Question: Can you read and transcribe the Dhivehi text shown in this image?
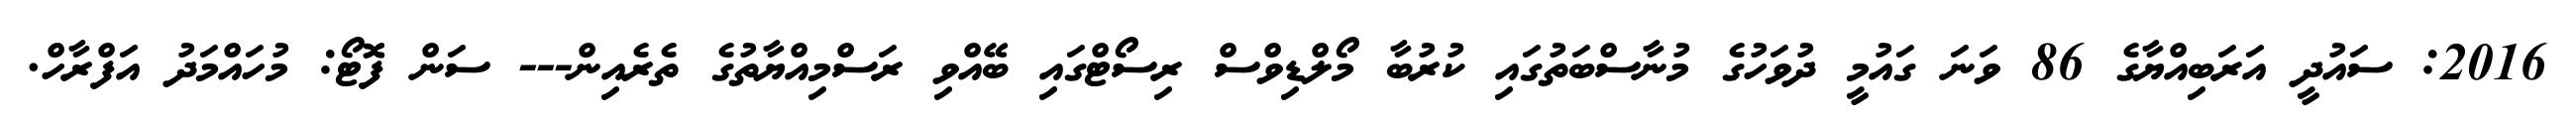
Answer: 2016: ސައުދީ އަރަބިއްޔާގެ 86 ވަނަ ގައުމީ ދުވަހުގެ މުނާސްބަތުގައި ކުރުބާ މޯލްޑިވްސް ރިސޯޓްގައި ބޭއްވި ރަސްމިއްޔާތުގެ ތެރެއިން--- ސަން ފޮޓޯ: މުހައްމަދު އަފްރާހް.